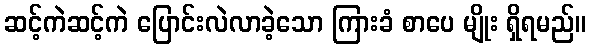
ဆင့်ကဲဆင့်ကဲ ပြောင်းလဲလာခဲ့သော ကြားခံ စာပေ မျိုး ရှိရမည်။